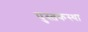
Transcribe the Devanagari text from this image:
पुस्तकस्था